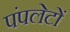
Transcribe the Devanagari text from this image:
पंपलेटों